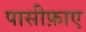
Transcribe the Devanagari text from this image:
पासीफ़ाए